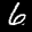
Label: 6